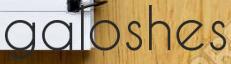
galoshes